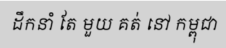
ដឹកនាំ តែ មួយ គត់ នៅ កម្ពុជា